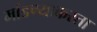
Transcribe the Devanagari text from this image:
मांडण्याकरता